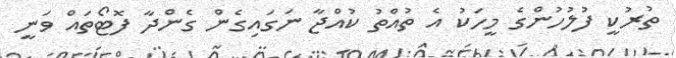
ތުރުކީ ފުލުހުންގެ މީހަކު އެ ތުއްތު ކުއްޖާ ނަގައިގެން ގެންދާ ފޮޓޯތައް ވަނީ